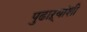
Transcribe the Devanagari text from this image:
पुढाऱ्यांशी